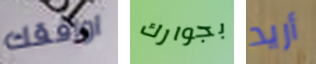
اوافقك بجوارك أريد